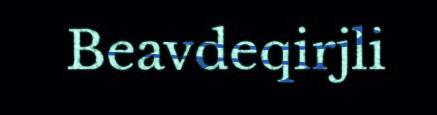
Beavdeqirjli